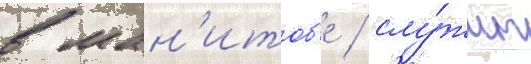
в ман'итоб'е / слу́жит